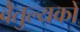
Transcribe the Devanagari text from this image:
वैतुल्यकों